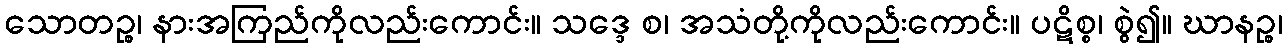
သောတဉ္စ၊ နားအကြည်ကိုလည်းကောင်း။ သဒ္ဒေ စ၊ အသံတို့ကိုလည်းကောင်း။ ပဋိစ္စ၊ စွဲ၍။ ဃာနဉ္စ၊